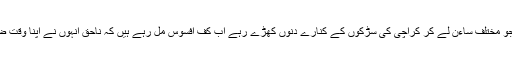
وہ لوگ جو مختلف ساءن لے کر کراچی کی سڑکوں کے کنارے دنوں کھڑے رہے اب کف افسوس مل رہے ہیں کہ ناحق انہوں نے اپنا وقت ضاءع کیا۔